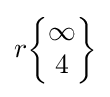
r{\begin{Bmatrix}\infty \\4\end{Bmatrix}}